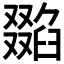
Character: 𠮌